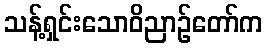
သန့်ရှင်းသောဝိညာဉ်တော်က